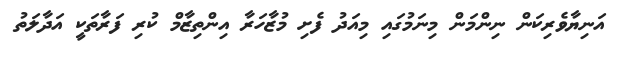
އަނިޔާވެރިކަން ނިންމަން މިނަމުގައި މިއަދު ފެށި މުޒާހަރާ އިންތިޒާމް ކުރި ފަރާތަކީ އަދާލަތު